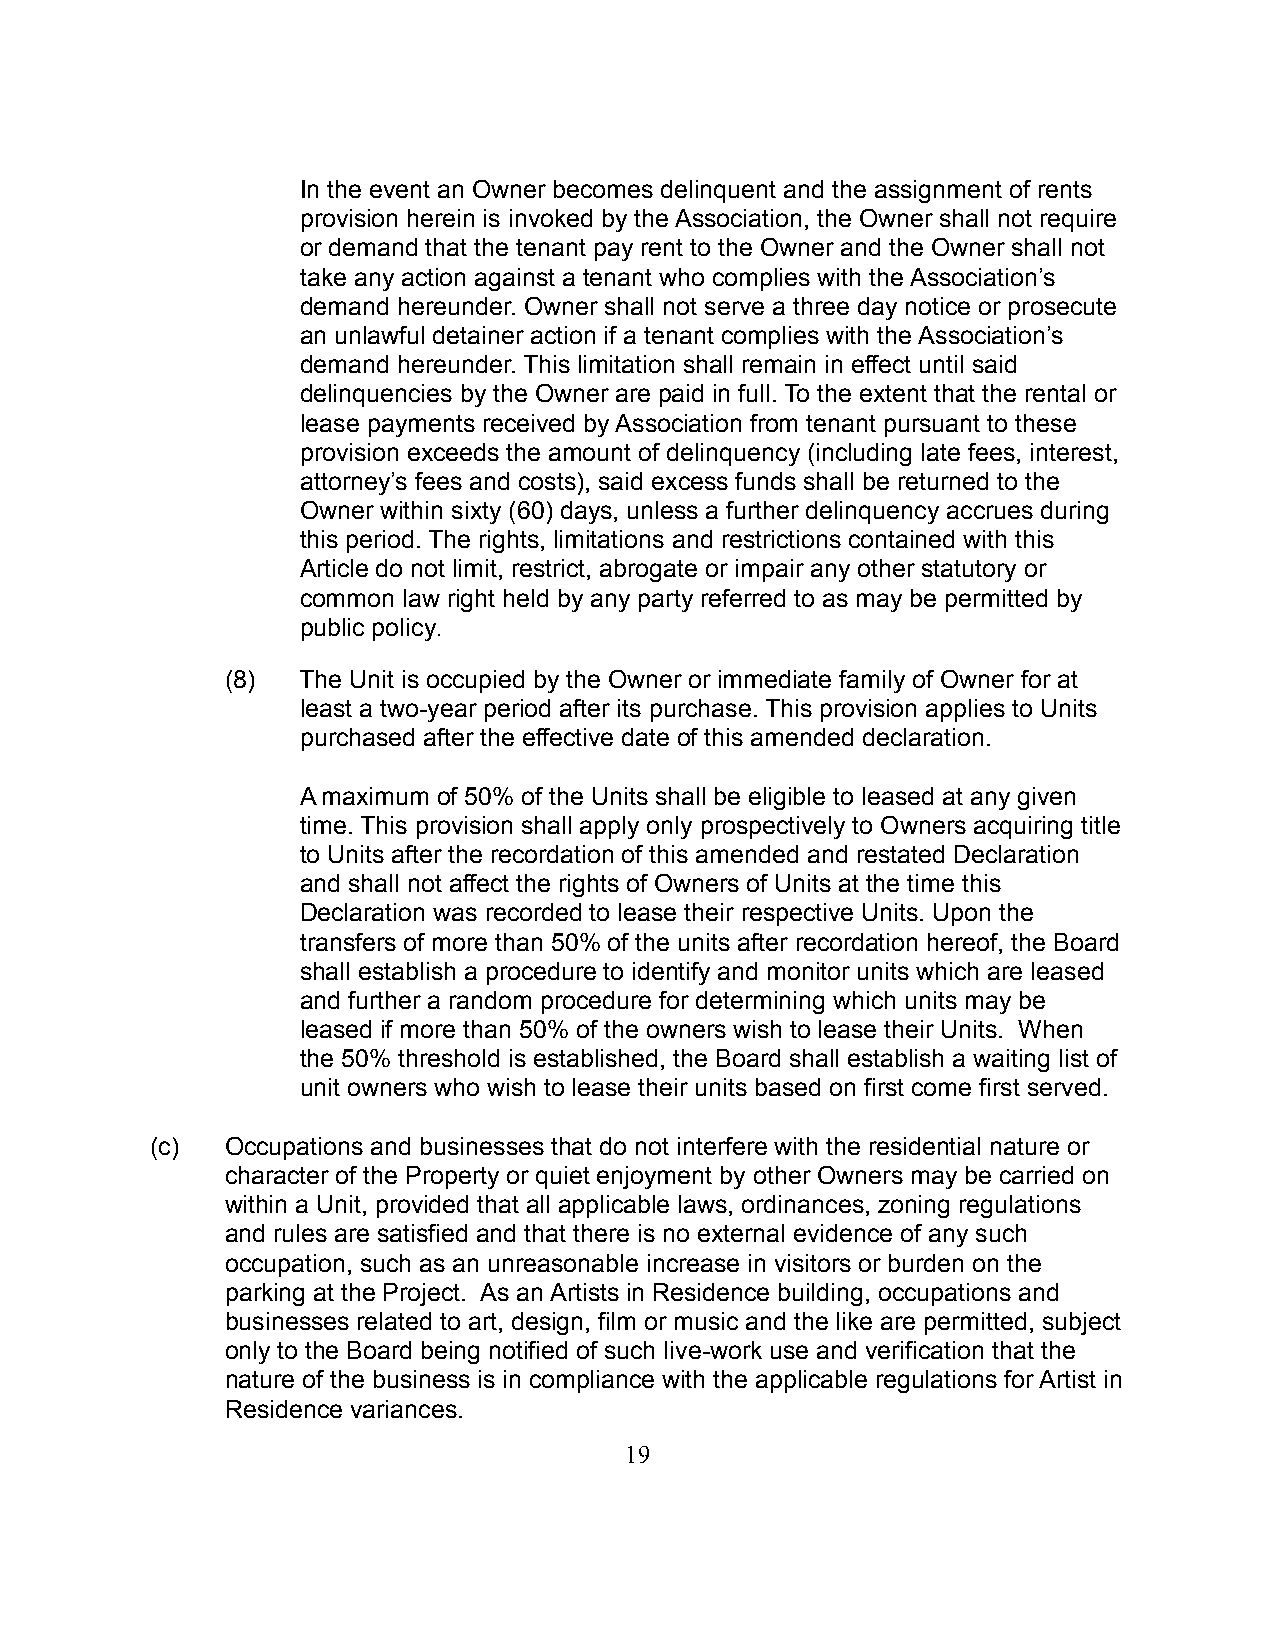
In the event an Owner becomes delinquent and the assignment of rents
 provision herein is invoked by the Association, the Owner shall not require
 or demand that the tenant pay rent to the Owner and the Owner shall not
 take any action against a tenant who complies with the Association’s
 demand hereunder. Owner shall not serve a three day notice or prosecute
 an unlawful detainer action if a tenant complies with the Association’s
 demand hereunder. This limitation shall remain in effect until said
 delinquencies by the Owner are paid in full. To the extent that the rental or
 lease payments received by Association from tenant pursuant to these
 provision exceeds the amount of delinquency (including late fees, interest,
 attorney’s fees and costs), said excess funds shall be returned to the
 Owner within sixty (60) days, unless a further delinquency accrues during
 this period. The rights, limitations and restrictions contained with this
 Article do not limit, restrict, abrogate or impair any other statutory or
 common law right held by any party referred to as may be permitted by
 public policy.
 (8)  The Unit is occupied by the Owner or immediate family of Owner for at
 least a two-year period after its purchase. This provision applies to Units
 purchased after the effective date of this amended declaration.
 A maximum of 50% of the Units shall be eligible to leased at any given
 time. This provision shall apply only prospectively to Owners acquiring title
 to Units after the recordation of this amended and restated Declaration
 and shall not affect the rights of Owners of Units at the time this
 Declaration was recorded to lease their respective Units. Upon the
 transfers of more than 50% of the units after recordation hereof, the Board
 shall establish a procedure to identify and monitor units which are leased
 and further a random procedure for determining which units may be
 leased if more than 50% of the owners wish to lease their Units. When
 the 50% threshold is established, the Board shall establish a waiting list of
 unit owners who wish to lease their units based on first come first served.
 (c)  Occupations and businesses that do not interfere with the residential nature or
 character of the Property or quiet enjoyment by other Owners may be carried on
 within a Unit, provided that all applicable laws, ordinances, zoning regulations
 and rules are satisfied and that there is no external evidence of any such
 occupation, such as an unreasonable increase in visitors or burden on the
 parking at the Project. As an Artists in Residence building, occupations and
 businesses related to art, design, film or music and the like are permitted, subject
 only to the Board being notified of such live-work use and verification that the
 nature of the business is in compliance with the applicable regulations for Artist in
 Residence variances.
 19